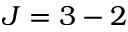
J = 3 - 2